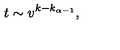
t \sim v ^ { k - k _ { \alpha - 1 } } ,